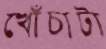
খোঁচাটা